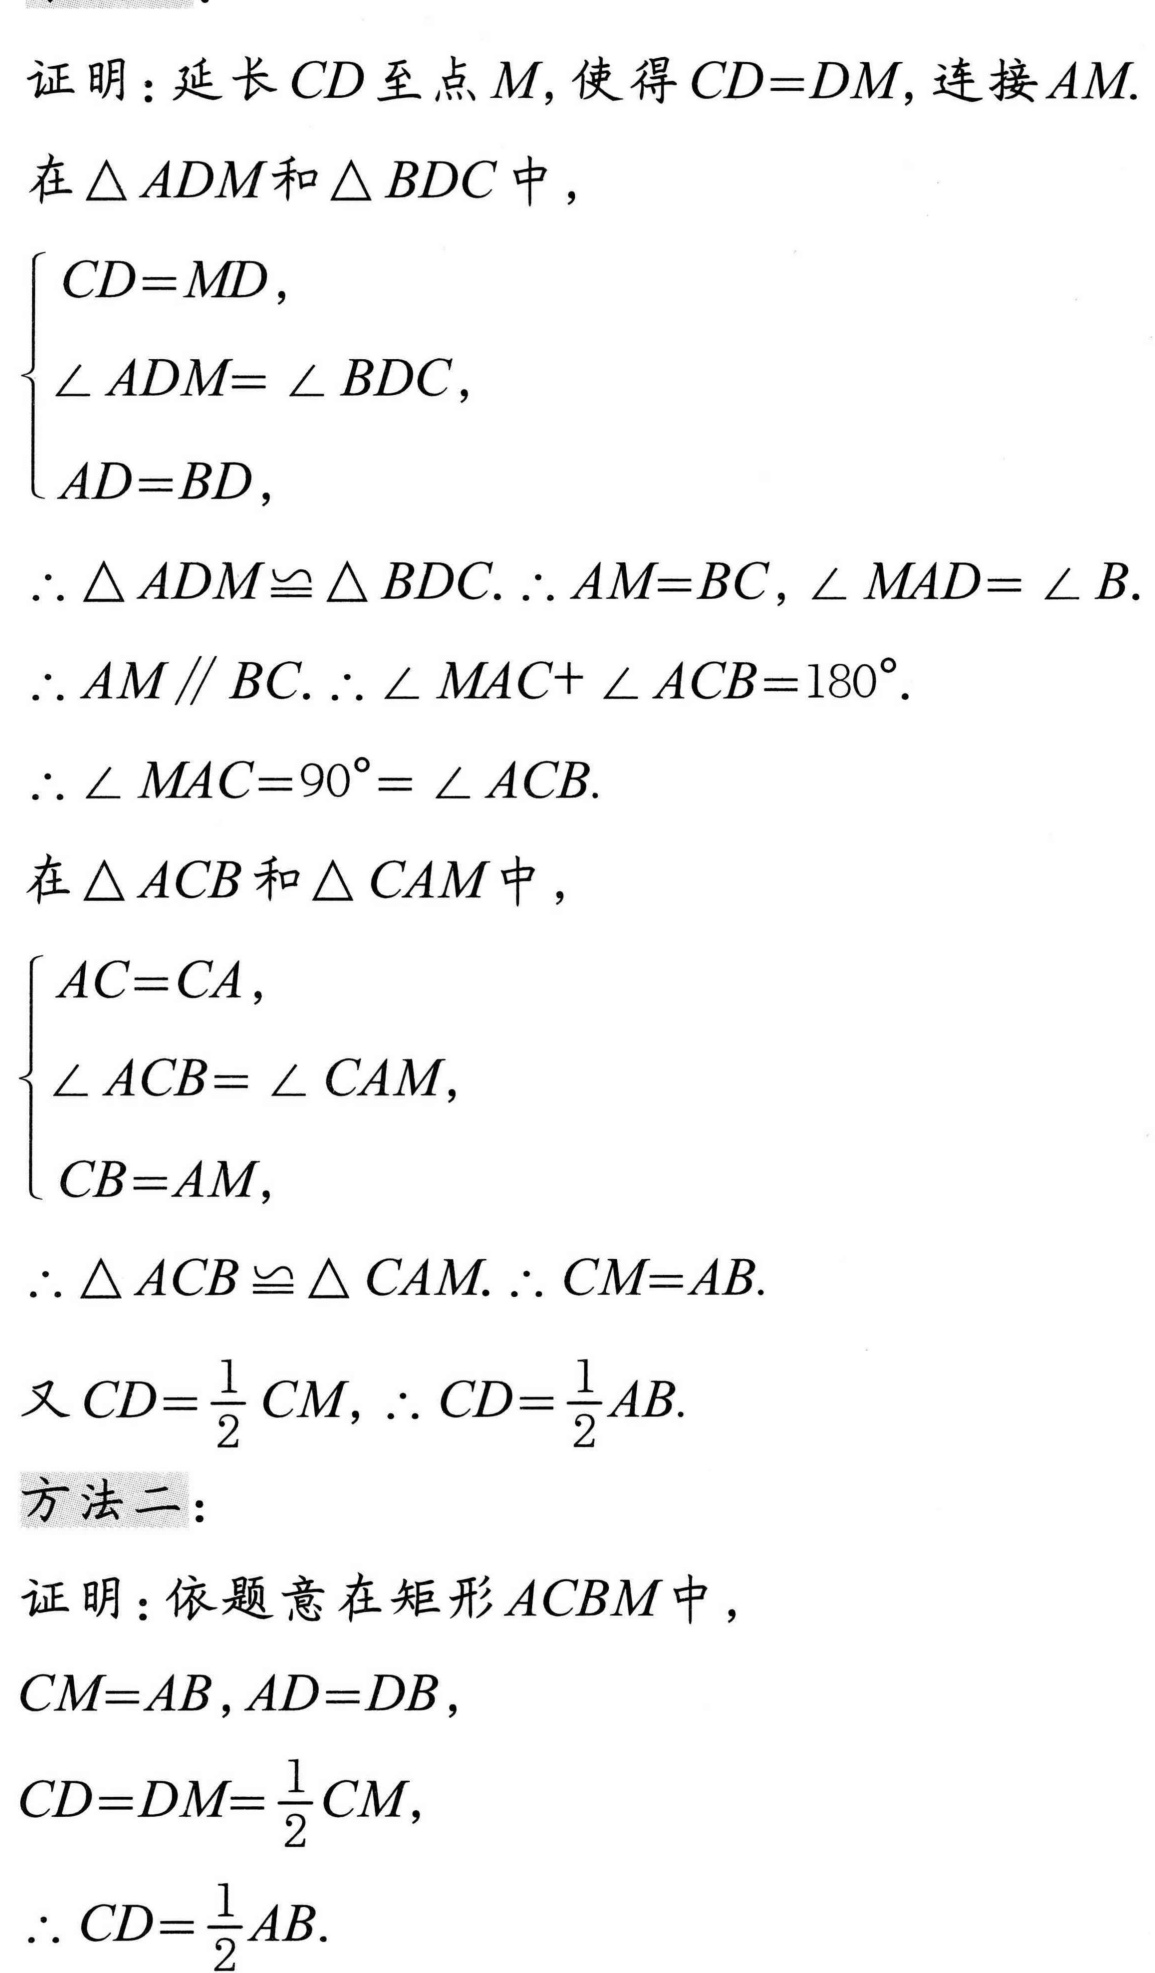
证明：延长\(CD\)至点\(M\)，使得\(CD = DM\)，连接\(AM\).
在\(\triangle ADM\)和\(\triangle BDC\)中，
\(\begin{cases}
CD = MD,\\
\angle ADM = \angle BDC,\\
AD = BD,
\end{cases}\)
\(\therefore \triangle ADM\cong \triangle BDC.\therefore AM = BC,\angle MAD = \angle B\).
\(\therefore AM\parallel BC.\therefore \angle MAC + \angle ACB = 180^{\circ}\).
\(\therefore \angle MAC = 90^{\circ}= \angle ACB\).
在\(\triangle ACB\)和\(\triangle CAM\)中，
\(\begin{cases}
AC = CA,\\
\angle ACB = \angle CAM,\\
CB = AM,
\end{cases}\)
\(\therefore \triangle ACB\cong \triangle CAM.\therefore CM = AB\).
又\(CD=\dfrac{1}{2}CM\)，\(\therefore CD = \dfrac{1}{2}AB\).
方法二：
证明：依题意在矩形\(ACBM\)中，
\(CM = AB,AD = DB\)，
\(CD = DM=\dfrac{1}{2}CM\)，
\(\therefore CD = \dfrac{1}{2}AB\).